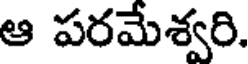
ఆ పరమేశ్వరి.